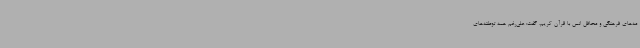
مه‌های فرهنگی و محافل انس با قرآن کریم، گفت: علی‌رغم همه توطئه‌های